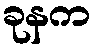
ခုနက